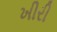
ખીરી